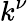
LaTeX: k^{\nu}